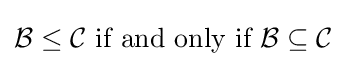
{\mathcal {B}}\leq {\mathcal {C}}{\text{ if and only if }}{\mathcal {B}}\subseteq {\mathcal {C}}